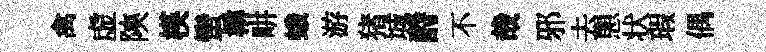
禽虚陝楧蠻楙畊蛾游猪城酹不哉邪去愳状瑕偶